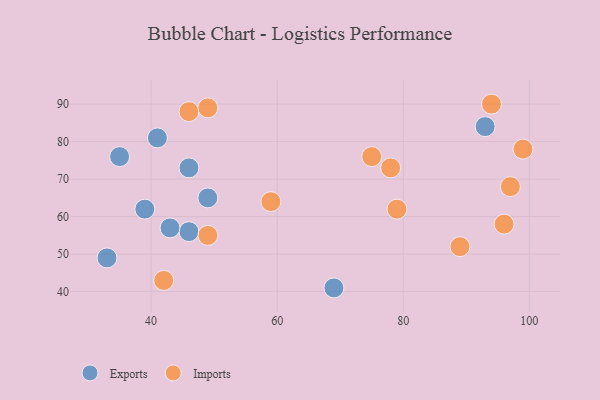
{"axis": {"x": "GDP", "y": "Life Expectancy"}, "legend": ["Exports", "Imports"], "data": [{"x": "35", "y": 76, "type": "Exports"}, {"x": "46", "y": 56, "type": "Exports"}, {"x": "33", "y": 49, "type": "Exports"}, {"x": "43", "y": 57, "type": "Exports"}, {"x": "69", "y": 41, "type": "Exports"}, {"x": "39", "y": 62, "type": "Exports"}, {"x": "46", "y": 73, "type": "Exports"}, {"x": "93", "y": 84, "type": "Exports"}, {"x": "41", "y": 81, "type": "Exports"}, {"x": "49", "y": 65, "type": "Exports"}, {"x": "97", "y": 68, "type": "Imports"}, {"x": "46", "y": 88, "type": "Imports"}, {"x": "49", "y": 89, "type": "Imports"}, {"x": "99", "y": 78, "type": "Imports"}, {"x": "59", "y": 64, "type": "Imports"}, {"x": "79", "y": 62, "type": "Imports"}, {"x": "42", "y": 43, "type": "Imports"}, {"x": "75", "y": 76, "type": "Imports"}, {"x": "89", "y": 52, "type": "Imports"}, {"x": "96", "y": 58, "type": "Imports"}, {"x": "49", "y": 55, "type": "Imports"}, {"x": "94", "y": 90, "type": "Imports"}, {"x": "78", "y": 73, "type": "Imports"}]}